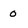
Character: 0